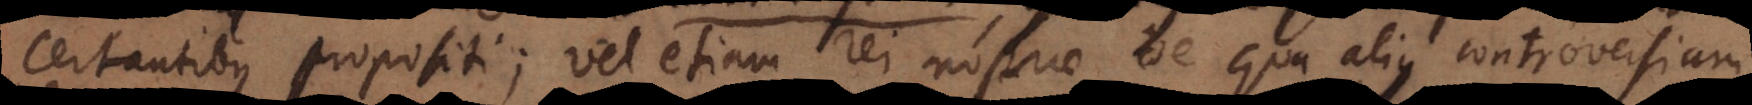
certantibus propositi; vel etiam rei nostrae de qua alius controversiam